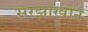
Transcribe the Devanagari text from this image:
सरझाखान